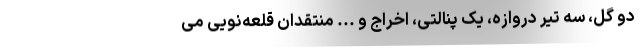
دو گل، سه تیر دروازه، یک پنالتی، اخراج و ... منتقدان قلعه‌نویی می